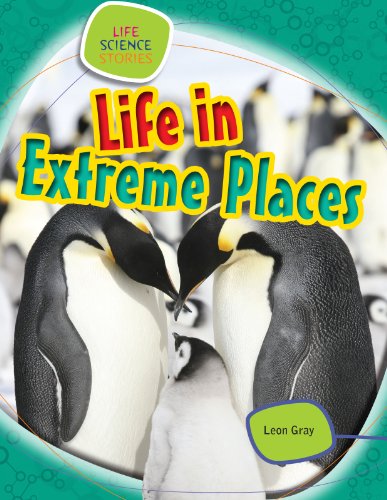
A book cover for Life in Extreme Places (Life Science Stories); Leon Gray; Children's Books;